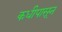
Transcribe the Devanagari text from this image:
कधीपासून